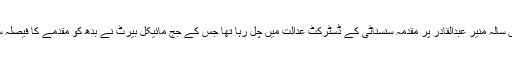
بائیس سالہ منیر عبدالقادر پر مقدمہ سنسناٹی کے ڈسٹرکٹ عدالت میں چل رہا تھا جس کے جج مائیکل بیرٹ نے بدھ کو مقدمے کا فیصلہ سنایا۔